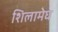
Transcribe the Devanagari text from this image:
शिलामेघ